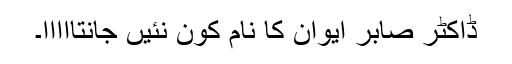
ڈاکٹر صابر ایوان کا نام کون نئیں جانتااااا۔